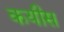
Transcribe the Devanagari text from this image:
कयीस